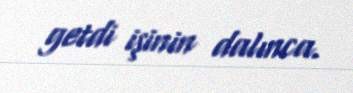
getdi işinin dalınca.